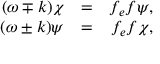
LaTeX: \begin{array} { r c r } { { ( \omega \mp k ) \chi } } & { { = } } & { { f _ { e } f \psi , } } \\ { { ( \omega \pm k ) \psi } } & { { = } } & { { f _ { e } f \chi , } } \end{array}